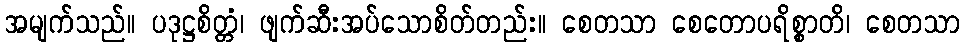
အမျက်သည်။ ပဒုဋ္ဌစိတ္တံ၊ ဖျက်ဆီးအပ်သောစိတ်တည်း။ စေတသာ စေတောပရိစ္စာတိ၊ စေတသာ